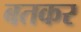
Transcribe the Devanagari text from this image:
बतकर